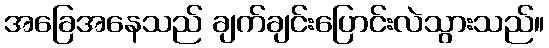
အခြေအနေသည် ချက်ချင်းပြောင်းလဲသွားသည်။